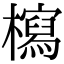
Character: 𣞐